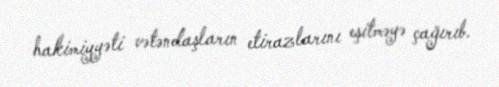
hakimiyyəti vətəndaşların etirazlarını eşitməyə çağırıb.